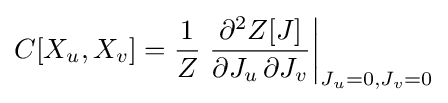
C[X_{u},X_{v}]={\frac {1}{Z}}\left.{\frac {\partial ^{2}Z[J]}{\partial J_{u}\,\partial J_{v}}}\right|_{J_{u}=0,J_{v}=0}